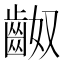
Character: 𪗵